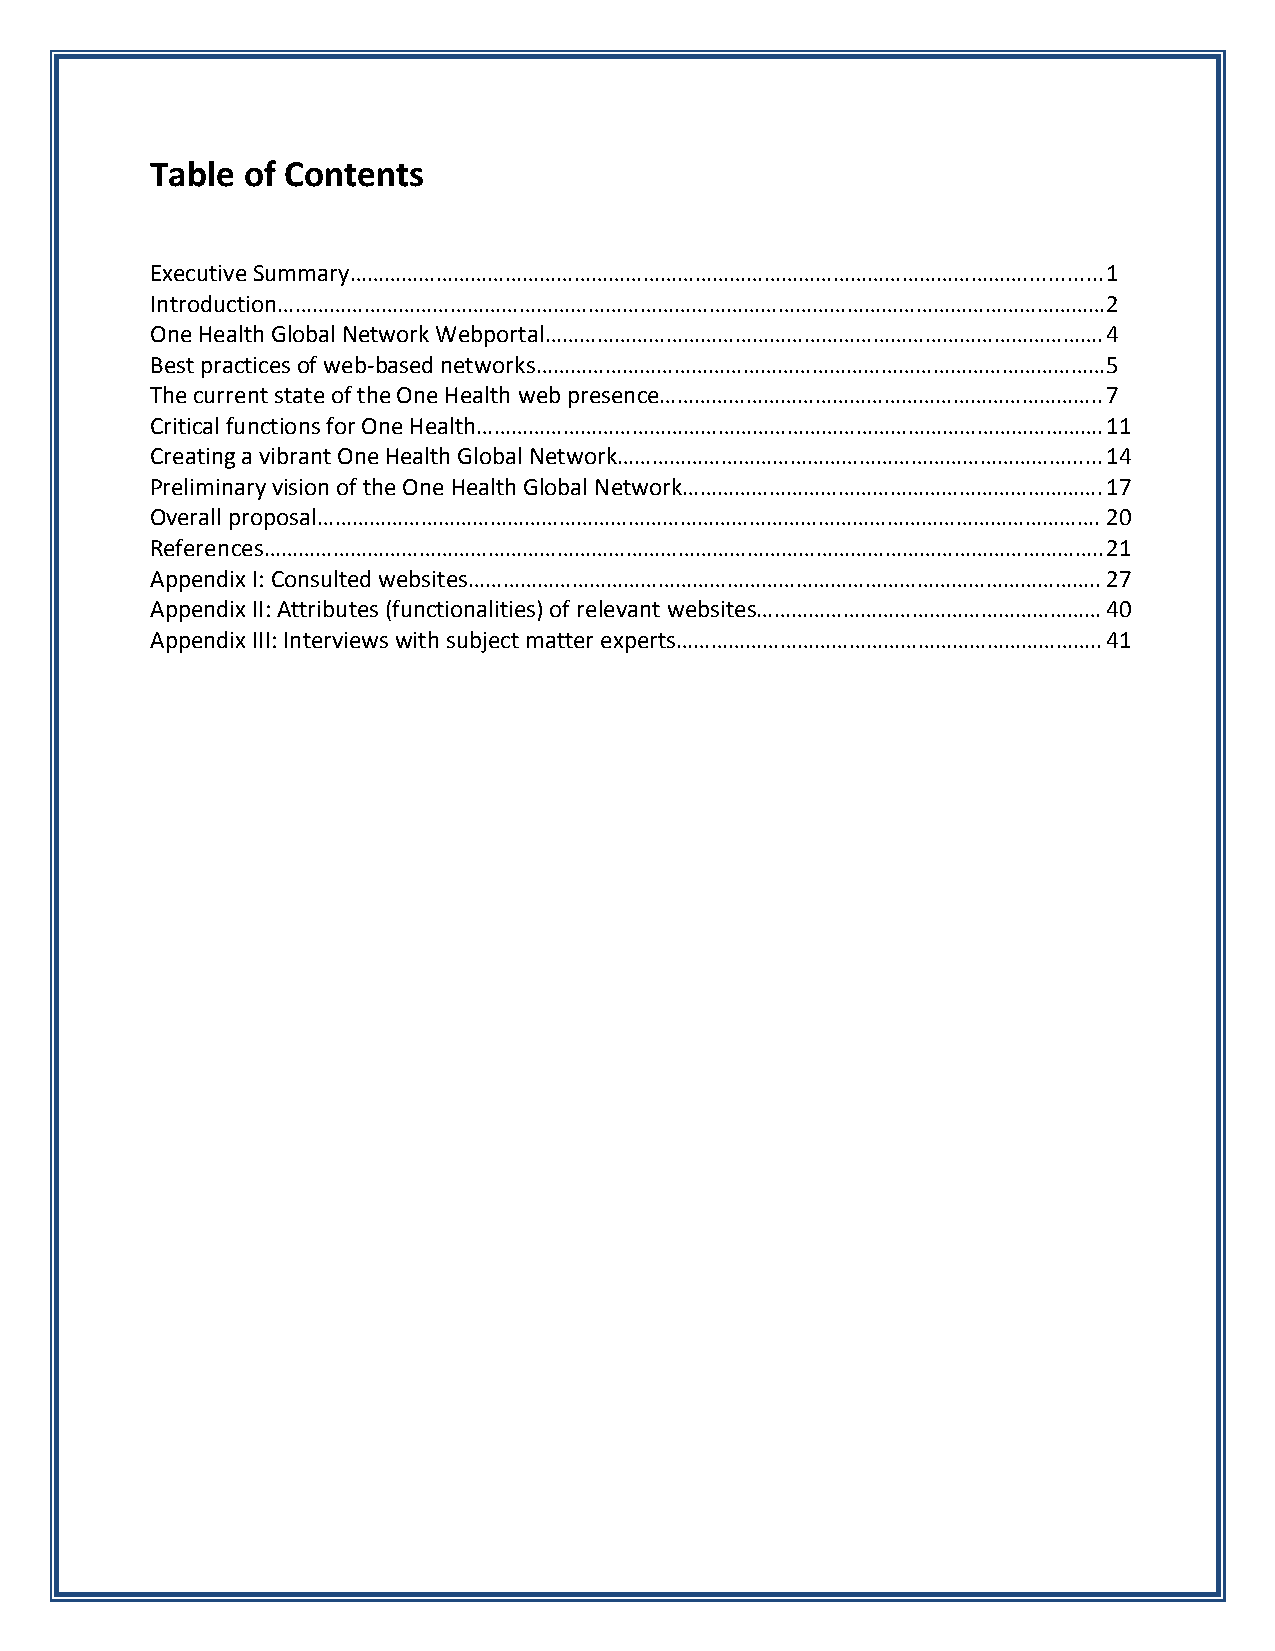
Table of Contents
 Executive Summary………………………………………………………………………………………………………............. 1
 Introduction………………………………………………………………………………………………………………………………   2
 One Health Global Network Webportal……………………………………………………………………………………. 4
 Best practices of web-based networks……………………………………………………………………………………… 5
 The current state of the One Health web presence………………………………………………………………….. 7
 Critical functions for One Health………………………………………………………………………………………………. 11
 Creating a vibrant One Health Global Network……………………………………………………………………...... 14
 Preliminary vision of the One Health Global Network………………………………………………………………. 17
 Overall proposal………………………………………………………………………………………………………………………. 20
 References………………………………………………………………………………………………………………………………..   21
 Appendix I: Consulted websites……………………………………………………………………………………………….. 27
 Appendix II: Attributes (functionalities) of relevant websites…………………………………………………… 40
 Appendix III: Interviews with subject matter experts……………………………………………………………….. 41